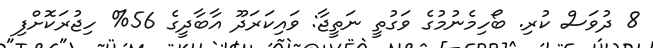
8 ދުވަސް ކުރި. ބޯހިމެނުމުގެ ވަގުތީ ނަތީޖާ: ވައިކަރަދޫ އާބާދީގެ 56% ހިޖުރަކޮށްފި